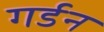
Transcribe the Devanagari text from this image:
गर्डन